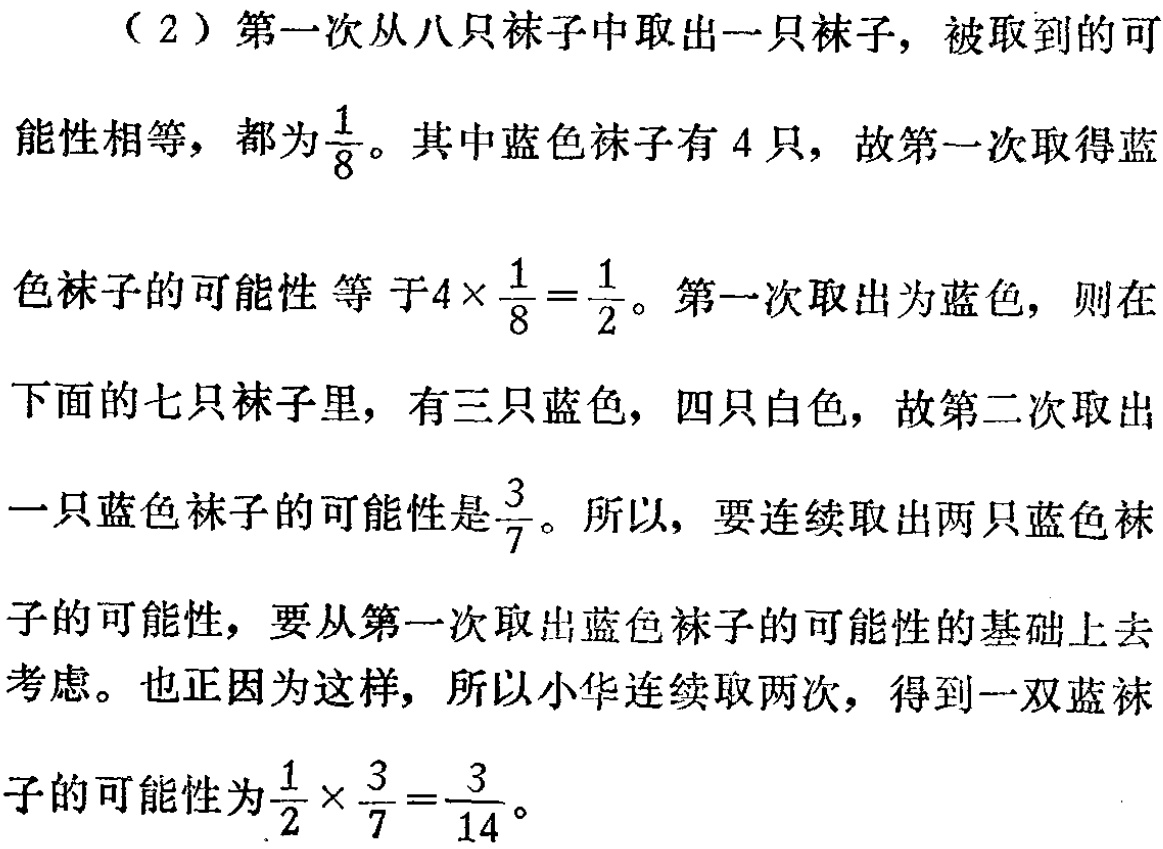
（2）第一次从八只袜子中取出一只袜子，被取到的可能性相等，都为\(\frac{1}{8}\)。其中蓝色袜子有\(4\)只，故第一次取得蓝色袜子的可能性等于\(4\times\frac{1}{8}=\frac{1}{2}\)。第一次取出为蓝色，则在下面的七只袜子里，有三只蓝色，四只白色，故第二次取出一只蓝色袜子的可能性是\(\frac{3}{7}\)。所以，要连续取出两只蓝色袜子的可能性，要从第一次取出蓝色袜子的可能性的基础上去考虑。也正因为这样，所以小华连续取两次，得到一双蓝袜子的可能性为\(\frac{1}{2}\times\frac{3}{7}=\frac{3}{14}\)。